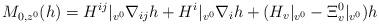
LaTeX: \begin{align*}M_{0,z^0}(h)=H^{ij}|_{v^0}\nabla_{ij}h+H^i|_{v^0}\nabla_i h+(H_{v}|_{v^0}-\Xi^0_{v}|_{v^0})h\end{align*}